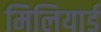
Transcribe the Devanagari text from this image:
मिलियार्ड